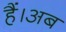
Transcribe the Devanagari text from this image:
हैं।अब